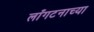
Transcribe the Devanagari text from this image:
लाँगटनाच्या